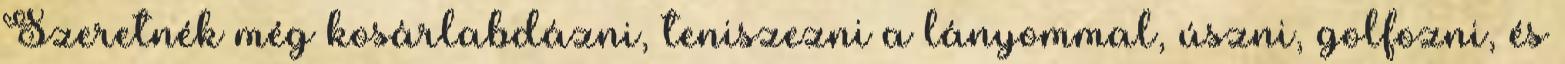
Szeretnék még kosárlabdázni, teniszezni a lányommal, úszni, golfozni, és